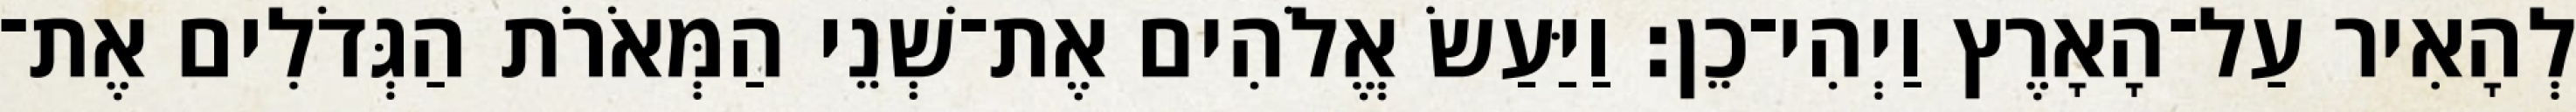
לְהָאִיר עַל־הָאָרֶץ וַיְהִי־כֵן׃ וַיַּעַשׂ אֱלֹהִים אֶת־שְׁנֵי הַמְּאֹרֹת הַגְּדֹלִים אֶת־